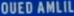
OUEDAMLIL